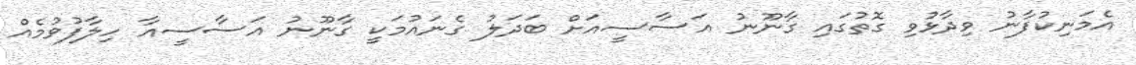
އެމަނިކުފާނު ވިދާޅުވި ގޮތުގައި ގާނޫނު އަސާސީއަށް ބަދަލު ގެނައުމަކީ ގާނޫނު އަސާސީއާ ހިލާފުވުމެއް